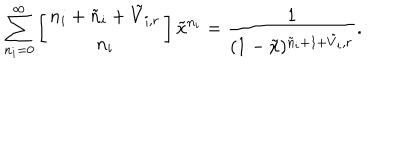
LaTeX: \sum _ { n _ { i } = 0 } ^ { \infty } \left[ \begin{array} { c } { { n _ { i } + \tilde { n } _ { i } + \tilde { V } _ { i , r } } } \\ { { n _ { i } } } \\ \end{array} \right] \tilde { x } ^ { n _ { i } } = \frac { 1 } { ( 1 - \tilde { x } ) ^ { \tilde { n } _ { i } + 1 + \tilde { V } _ { i } , r } } .